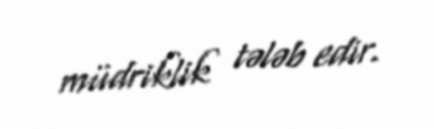
müdriklik tələb edir.